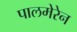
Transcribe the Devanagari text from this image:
पालमेरेन